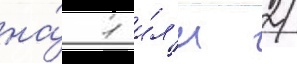
на́ 1 и́л'и 2